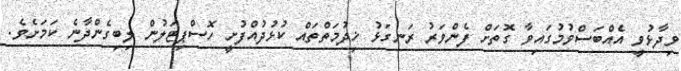
ވިދާޅުވީ އެއްބަސްވުމުގައިވާ ގޮތަށް ފެންވަރު ރަނގަޅު ޚިދުމަތްތައް ކުޅުދުއްފުށީ ހޮސްޕިޓަލުން ލިބިގެންދާނެ ކަމަށެވެ.